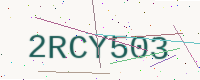
Text: 2RCY503